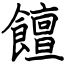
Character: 饘